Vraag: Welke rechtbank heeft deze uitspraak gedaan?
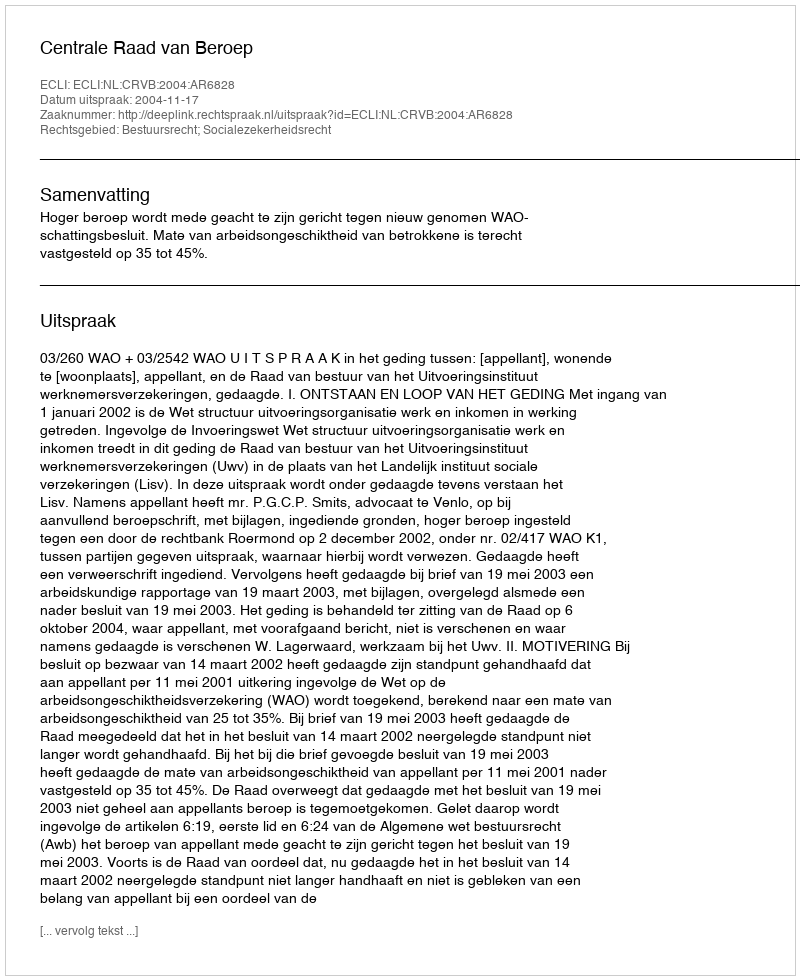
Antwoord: Centrale Raad van Beroep